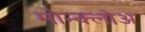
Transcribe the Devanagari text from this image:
मोन्क्लोअ